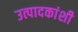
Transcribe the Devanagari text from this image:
उत्पादकांशी